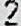
2